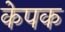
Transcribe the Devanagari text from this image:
केपक